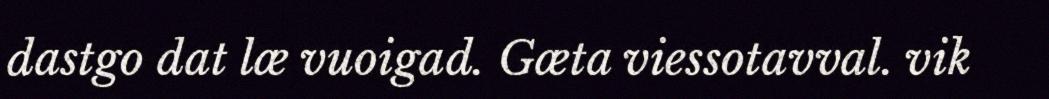
dastgo dat læ vuoigad. Gæta viessotavval. vik